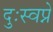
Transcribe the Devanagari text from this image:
दुःस्वप्ने